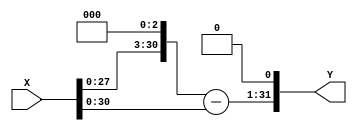
module scm_rho (
    X,
    Y
);

  // Port mode declarations:
  input  signed  [31:0] X;
  output signed  [31:0] Y;

  //Multipliers:

  wire signed [53:0]
    w1,
    w8,
    w7,
    w58720256;

  assign w1 = X;
  assign w8 = w1 << 3;
  assign w7 = w8 - w1;
  assign w58720256 = w7 << 23;

  assign Y = w58720256[53:22];

endmodule